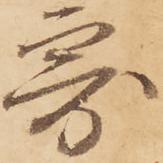
奇